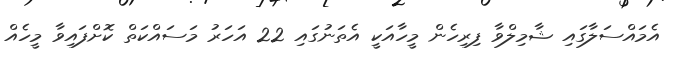
އެމައްސަލާގައި ޝާމިލްވާ ފިރިހެން މީހާއަކީ އެތަނުގައި 22 އަހަރު މަސައްކަތް ކޮށްފައިވާ މީހެއް